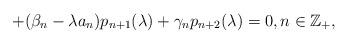
LaTeX: \begin{align*}+ (\beta_n-\lambda a_n) p_{n+1}(\lambda) + \gamma_n p_{n+2}(\lambda) = 0,n\in\mathbb{Z}_+,\end{align*}